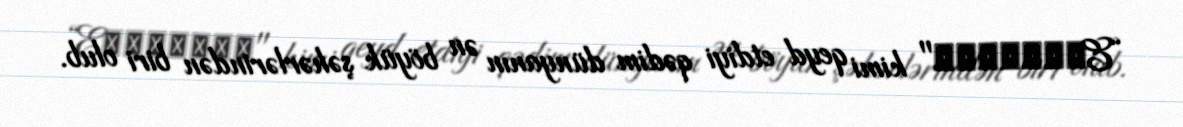
“Eκβάτανα" kimi qeyd etdiyi qədim dünyanın ən böyük şəhərlərindən biri olub.